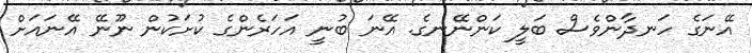
އޭނަގެ ހަނދާންވެސް ބަލީ ކަންނޭނގެ. އޭނަ ބުނީ އަހަރެންގެ ކުށަކުން ނޫނޭ އޭނައަށް